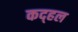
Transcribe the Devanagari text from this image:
कद्हल